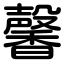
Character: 馨